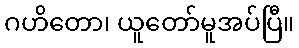
ဂဟိတော၊ ယူတော်မူအပ်ပြီ။